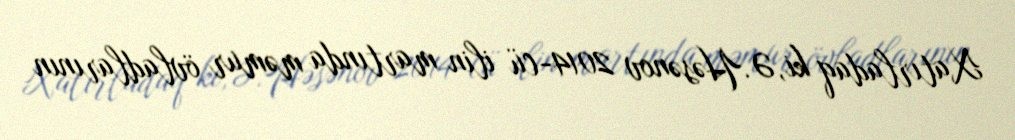
Xatırladaq ki, Ə.Həsənov 2014-cü ilin martında məmur övladlarının